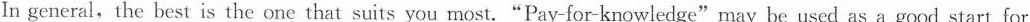
In general,the best is the one that suits you most."Pay-for-knowledge"may be used as a good start for